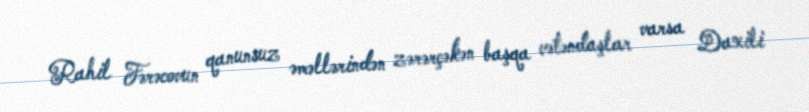
Rahil Fərəcovun qanunsuz əməllərindən zərərçəkən başqa vətəndaşlar varsa Daxili